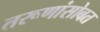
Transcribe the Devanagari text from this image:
तरूणांसोबत